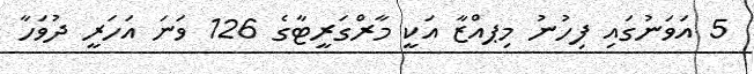
5 އަވަނުގައި ފިހުނު މިޕއްޒާ އަކީ މާރްގަރީޓާގެ 126 ވަނަ އަހަރީ ދުވަހާ